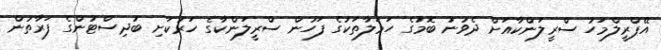
އޭޕްރީލްމަހު ސްރީލަންކާއަށް ދެވުނު ބޮމުގެ ހަމަލާތަކުގެ ފަހުން ސްރީލަންކާގެ ހަރުކަށި ބުދިސްޓުންގެ ފަރާތުން